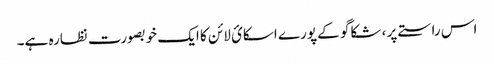
اس راستے پر ، شکاگو کے پورے اسکائ لائن کا ایک خوبصورت نظارہ ہے۔